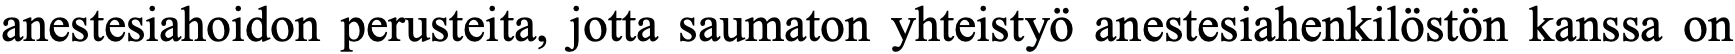
anestesiahoidon perusteita, jotta saumaton yhteistyö anestesiahenkilöstön kanssa on